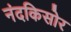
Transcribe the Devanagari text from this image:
नंदकिसोर